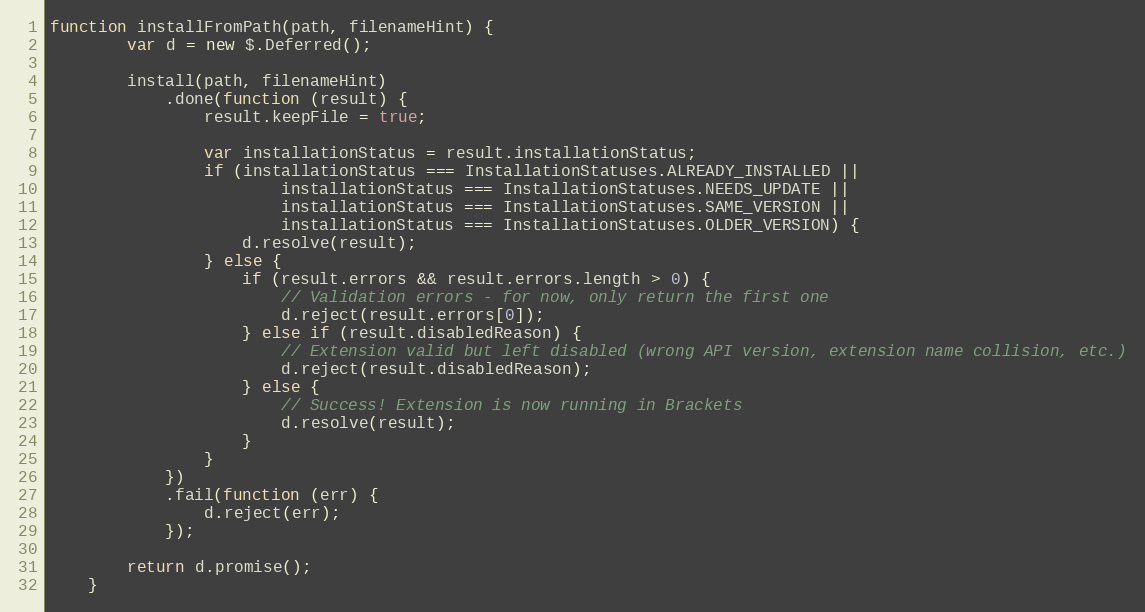
Language: JavaScript
function installFromPath(path, filenameHint) {
        var d = new $.Deferred();

        install(path, filenameHint)
            .done(function (result) {
                result.keepFile = true;

                var installationStatus = result.installationStatus;
                if (installationStatus === InstallationStatuses.ALREADY_INSTALLED ||
                        installationStatus === InstallationStatuses.NEEDS_UPDATE ||
                        installationStatus === InstallationStatuses.SAME_VERSION ||
                        installationStatus === InstallationStatuses.OLDER_VERSION) {
                    d.resolve(result);
                } else {
                    if (result.errors && result.errors.length > 0) {
                        // Validation errors - for now, only return the first one
                        d.reject(result.errors[0]);
                    } else if (result.disabledReason) {
                        // Extension valid but left disabled (wrong API version, extension name collision, etc.)
                        d.reject(result.disabledReason);
                    } else {
                        // Success! Extension is now running in Brackets
                        d.resolve(result);
                    }
                }
            })
            .fail(function (err) {
                d.reject(err);
            });

        return d.promise();
    }